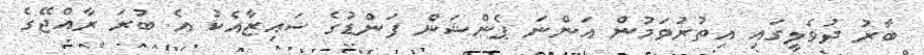
ބާރު ދުވެލީގައި އިތުރުވަމުން އަންނަ ޕެންޝަން ފަންޑުގެ ސައިޒާއެކު އެ ބުރަ ރާއްޖޭގެ